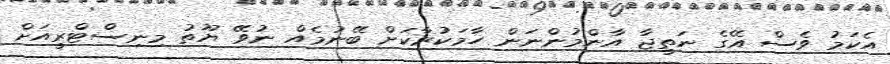
އެކަމު ވެސް އޭގެ ނަތީޖާ އާންމުންނަން ހާމަކުރާކަށް ބޭނުމެއް ނުވޭ ޔޫތު މިނިސްޓްރީއަށް